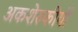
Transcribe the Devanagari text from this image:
अकशेरुकीयों